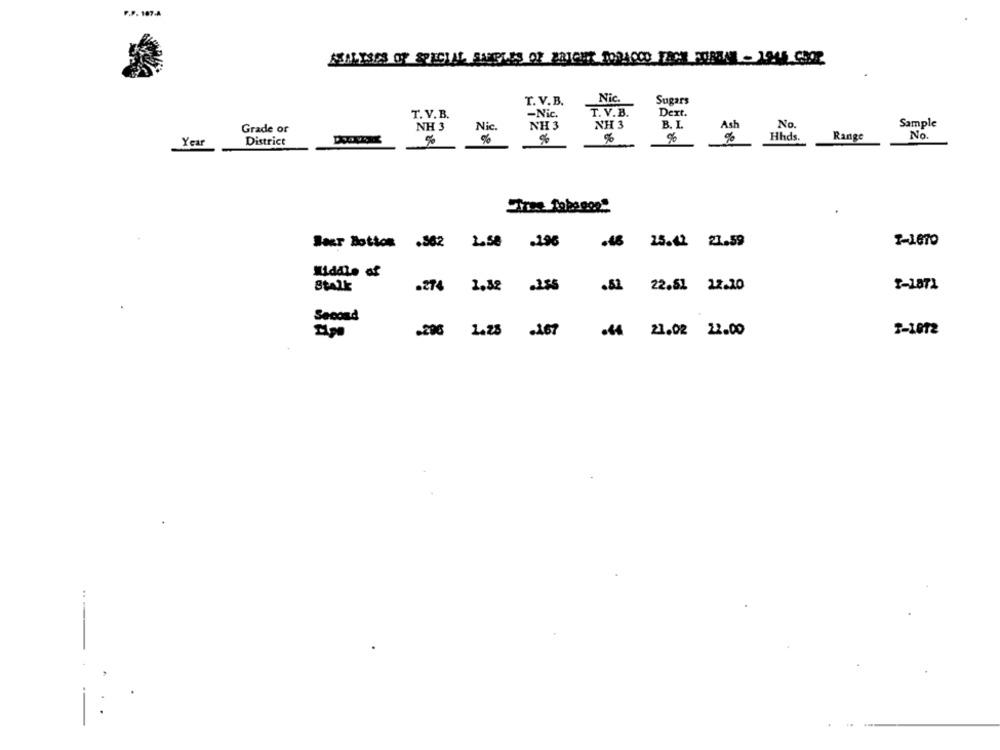
P.P.107-A
ASN ISPS OF SPECIAL SAMPLES OF BRICHT TORACCO TAC FOIREAL - 1945 COOP
Nic.
T. V.B.
Sugars
-Nic.
T. V.B.
Dext.
T. V. B.
NH 3
NH 3
NH 3
B. L.
Ash
No.
Sample
Grade of
Nic
Range
No
Year
District
%
%
%
%
%
Hhds.
T-1670
Bear Botton .862
2.58
.196
.48 25.42 21.59
Middle of
2-1871
Stalk
.274
1.52 .2.55
.52 22.51 12.20
Second
.296 1.25 .167
.€4 21.02 22.00
2-1012